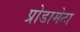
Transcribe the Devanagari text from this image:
प्रोडामेटा